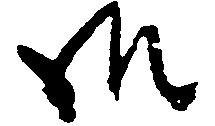
御